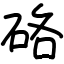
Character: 硌